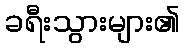
ခရီးသွားများ၏